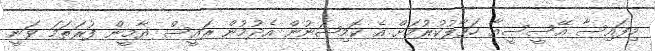
މިފައިސާ އޭސީސީއާ ހަވާލުކުރުމަށް އެ ކޮމިޝަނުން އެދުމުން ރައީސް ޔާމީން ފުރަތަމަ ވަނީ